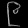
Digit: ၉